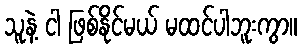
သူနဲ့ ငါ ဖြစ်နိုင်မယ် မထင်ပါဘူးကွာ။